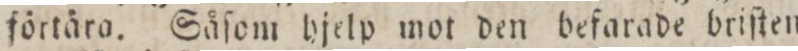
förtära. Såſom hjelp mot den befarade briſten